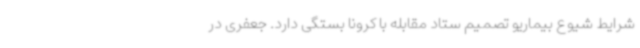
شرایط شیوع بیماریو تصمیم ستاد مقابله با کرونا بستگی دارد. جعفری در